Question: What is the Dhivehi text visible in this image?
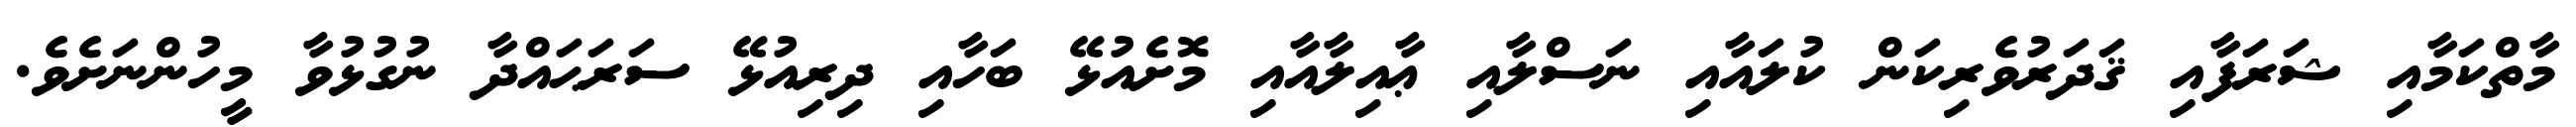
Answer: މާތްކަމާއި ޝަރަފާއި ޤަދަރުވެރިކަން ކުލައާއި ނަސްލާއި ޢާއިލާއާއި މޮށެއުޅޭ ބަހާއި ދިރިއުޅޭ ސަރަޙައްދާ ނުގުޅުވާ މީހުންނަށެވެ.